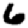
Digit: 6